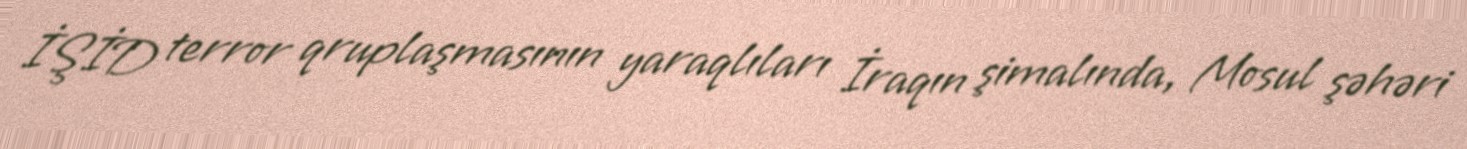
İŞİD terror qruplaşmasının yaraqlıları İraqın şimalında, Mosul şəhəri